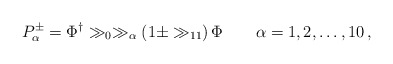
\begin{align*}P^\pm_\alpha = \Phi^\dagger \gg_0 \gg_\alpha \left( 1 \pm \gg_{11} \right) \Phi \qquad \alpha=1,2,\dots,10\,, \end{align*}